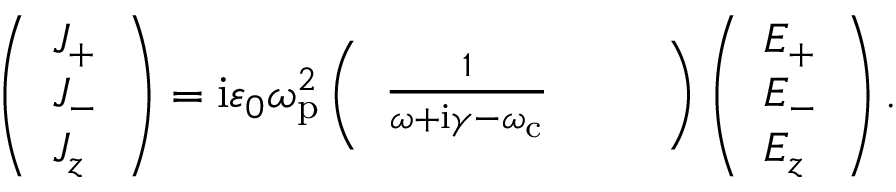
\left( \begin{array} { l } { J _ { + } } \\ { J _ { - } } \\ { J _ { z } } \end{array} \right) = \mathrm { i } \varepsilon _ { 0 } \omega _ { \mathrm { p } } ^ { 2 } \left( \begin{array} { l l l } { \frac { 1 } { \omega + \mathrm { i } \gamma - \omega _ { \mathrm { c } } } } & { } & { } \end{array} \right) \left( \begin{array} { l } { E _ { + } } \\ { E _ { - } } \\ { E _ { z } } \end{array} \right) .